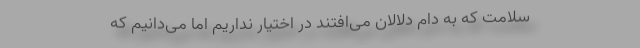
سلامت که به دام دلالان می‌افتند در اختیار نداریم اما می‌دانیم که